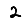
Digit: 2